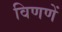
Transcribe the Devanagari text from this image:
विणणें